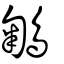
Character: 鵴